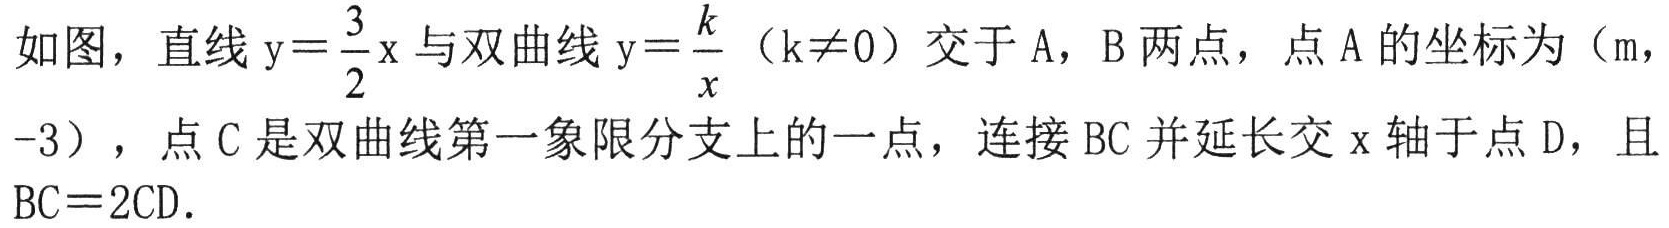
如图，直线\(y = \dfrac{3}{2}x\)与双曲线\(y=\dfrac{k}{x}\)（\(k\neq0\)）交于\(A\)，\(B\)两点，点\(A\)的坐标为\((m,-3)\)，点\(C\)是双曲线第一象限分支上的一点，连接\(BC\)并延长交\(x\)轴于点\(D\)，且\(BC = 2CD\).